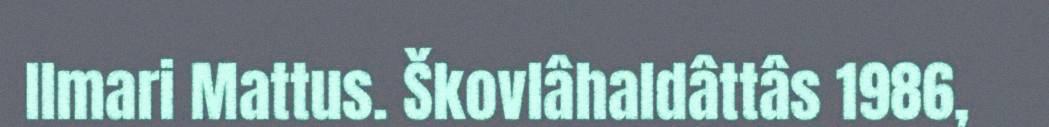
Ilmari Mattus. Škovlâhaldâttâs 1986,